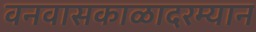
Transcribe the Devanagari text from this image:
वनवासकाळादरम्यान